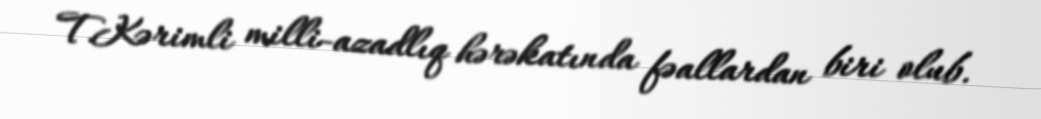
T.Kərimli milli-azadlıq hərəkatında fəallardan biri olub.